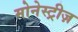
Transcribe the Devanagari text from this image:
मोनेस्ट्रीज़